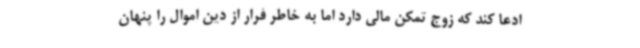
ادعا کند که زوج تمکن مالی دارد اما به خاطر فرار از دین اموال را پنهان